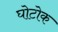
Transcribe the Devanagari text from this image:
घोटोक